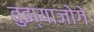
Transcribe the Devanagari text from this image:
तुझ्याजोगे